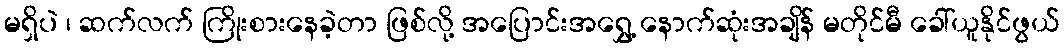
မရှိပဲ ၊ ဆက်လက် ကြိုးစားနေခဲ့တာ ဖြစ်လို့ အပြောင်းအရွှေ့ နောက်ဆုံးအချိန် မတိုင်မီ ခေါ်ယူနိုင်ဖွယ်